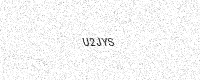
Text: U2JYS